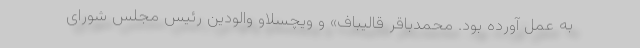
به عمل آورده بود. محمدباقر قالیباف» و ویچسلاو والودین رئیس مجلس شورای